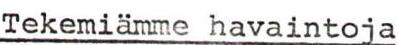
Tekemiämme havaintoja